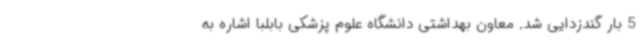
5 بار گندزدایی شد. معاون بهداشتی دانشگاه علوم پزشکی بابلبا اشاره به